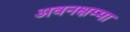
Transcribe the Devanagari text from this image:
अवनक्षम्मा